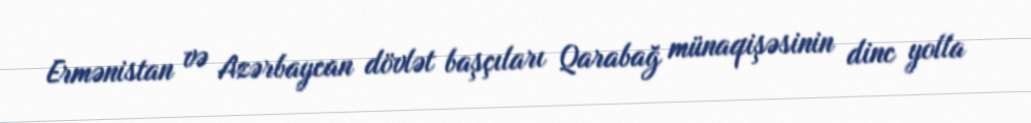
Ermənistan və Azərbaycan dövlət başçıları Qarabağ münaqişəsinin dinc yolla